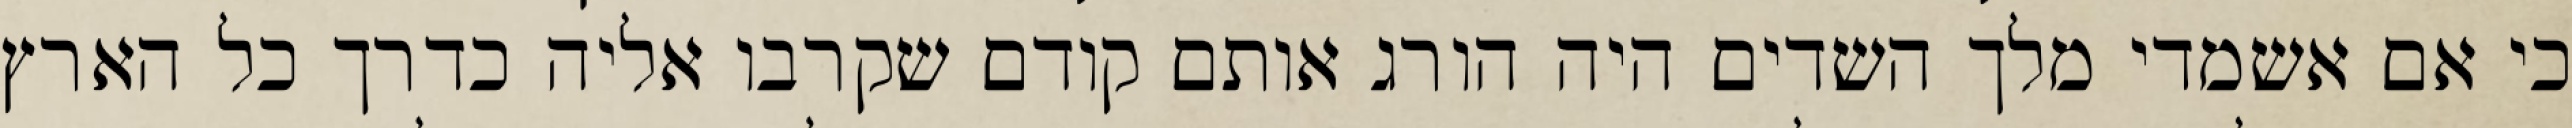
כי אם אשמדי‏ מלך השדים היה הורג אותם קודם שקרבו אליה כדרך כל הארץ